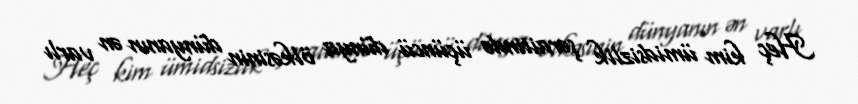
Heç kim ümidsizlik şəraitində üçüncü dünya ölkəsinin dünyanın ən varlı